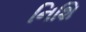
નિશિ